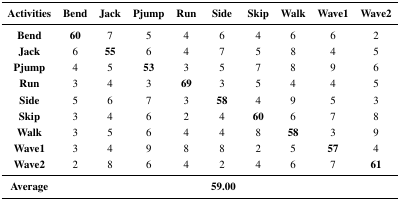
<table><thead><tr><td><b>Activities</b></td><td><b>Bend</b></td><td><b>Jack</b></td><td><b>Pjump</b></td><td><b>Run</b></td><td><b>Side</b></td><td><b>Skip</b></td><td><b>Walk</b></td><td><b>Wave1</b></td><td><b>Wave2</b></td></tr></thead><tbody><tr><td><b>Bend</b></td><td><b>60</b></td><td>7</td><td>5</td><td>4</td><td>6</td><td>4</td><td>6</td><td>6</td><td>2</td></tr><tr><td><b>Jack</b></td><td>6</td><td><b>55</b></td><td>6</td><td>4</td><td>7</td><td>5</td><td>8</td><td>4</td><td>5</td></tr><tr><td><b>Pjump</b></td><td>4</td><td>5</td><td><b>53</b></td><td>3</td><td>5</td><td>7</td><td>8</td><td>9</td><td>6</td></tr><tr><td><b>Run</b></td><td>3</td><td>4</td><td>3</td><td><b>69</b></td><td>3</td><td>5</td><td>4</td><td>4</td><td>5</td></tr><tr><td><b>Side</b></td><td>5</td><td>6</td><td>7</td><td>3</td><td><b>58</b></td><td>4</td><td>9</td><td>5</td><td>3</td></tr><tr><td><b>Skip</b></td><td>3</td><td>4</td><td>6</td><td>2</td><td>4</td><td><b>60</b></td><td>6</td><td>7</td><td>8</td></tr><tr><td><b>Walk</b></td><td>3</td><td>5</td><td>6</td><td>4</td><td>4</td><td>8</td><td><b>58</b></td><td>3</td><td>9</td></tr><tr><td><b>Wave1</b></td><td>3</td><td>4</td><td>9</td><td>8</td><td>8</td><td>2</td><td>5</td><td><b>57</b></td><td>4</td></tr><tr><td><b>Wave2</b></td><td>2</td><td>8</td><td>6</td><td>4</td><td>2</td><td>4</td><td>6</td><td>7</td><td><b>61</b></td></tr><tr><td><b>Average</b></td><td></td><td></td><td></td><td></td><td><b>59.00</b></td><td></td><td></td><td></td><td></td></tr></tbody></table>